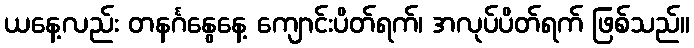
ယနေ့လည်း တနင်္ဂနွေနေ့ ကျောင်းပိတ်ရက်၊ အလုပ်ပိတ်ရက် ဖြစ်သည်။